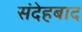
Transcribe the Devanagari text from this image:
संदेहबाद